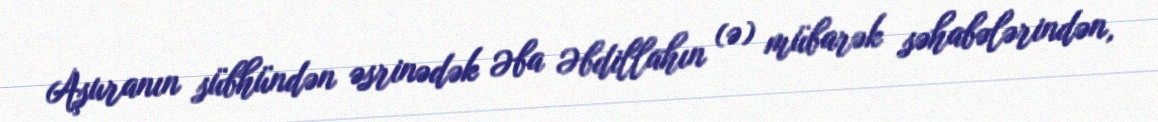
Aşuranın sübhündən əsrinədək Əba Əbdillahın (ə) mübarək səhabələrindən,